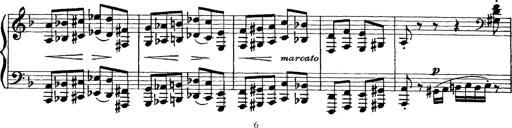
Title: Scherzo und Marsch
Composer: Franz Liszt